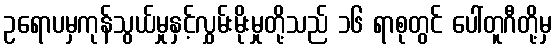
ဥရောပမှကုန်သွယ်မှုနှင့်လွှမ်းမိုးမှုတို့သည် ၁၆ ရာစုတွင် ပေါ်တူဂီတို့မှ